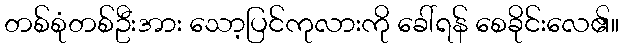
တစ်စုံတစ်ဦးအား သော့ပြင်ကုလားကို ခေါ်ရန် စေခိုင်းလေ၏။